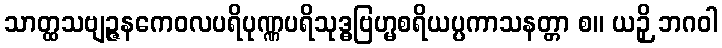
သာတ္ထသဗျဉ္ဇနကေဝလပရိပုဏ္ဏပရိသုဒ္ဓဗြဟ္မစရိယပ္ပကာသနတ္တာ စ။ ယဉှိ ဘဂဝါ